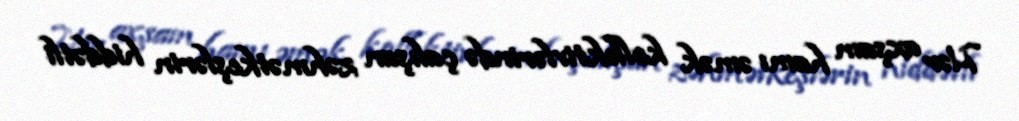
Hər axşam hamı əmək kollektivlərində çalışan zəhmətkeşlərin hiddətli